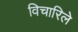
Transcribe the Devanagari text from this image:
विचारिले